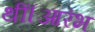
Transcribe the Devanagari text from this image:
थीं।आरंभ